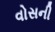
વોસની